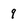
Character: 9